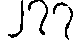
၂၇၇